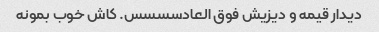
دیدار قیمه و دیزیش فوق العادسسسس. کاش خوب بمونه